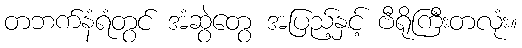
တဘက်နံရံတွင် အံဆွဲတွေ အပြည့်နှင့် ဗီရိုကြီးတလုံး။